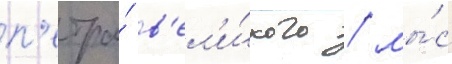
п'етра́ в'ел'и́кого / мы́с